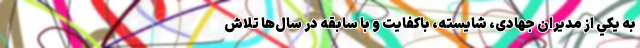
به يكي از مديران جهادی، شايسته، باكفايت و با سابقه در سال‌ها تلاش